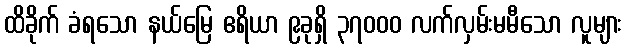
ထိခိုက် ခံရသော နယ်မြေ ဧရိယာ ၉ခုရှိ ၃၇၀၀၀ လက်လှမ်းမမီသော လူများ